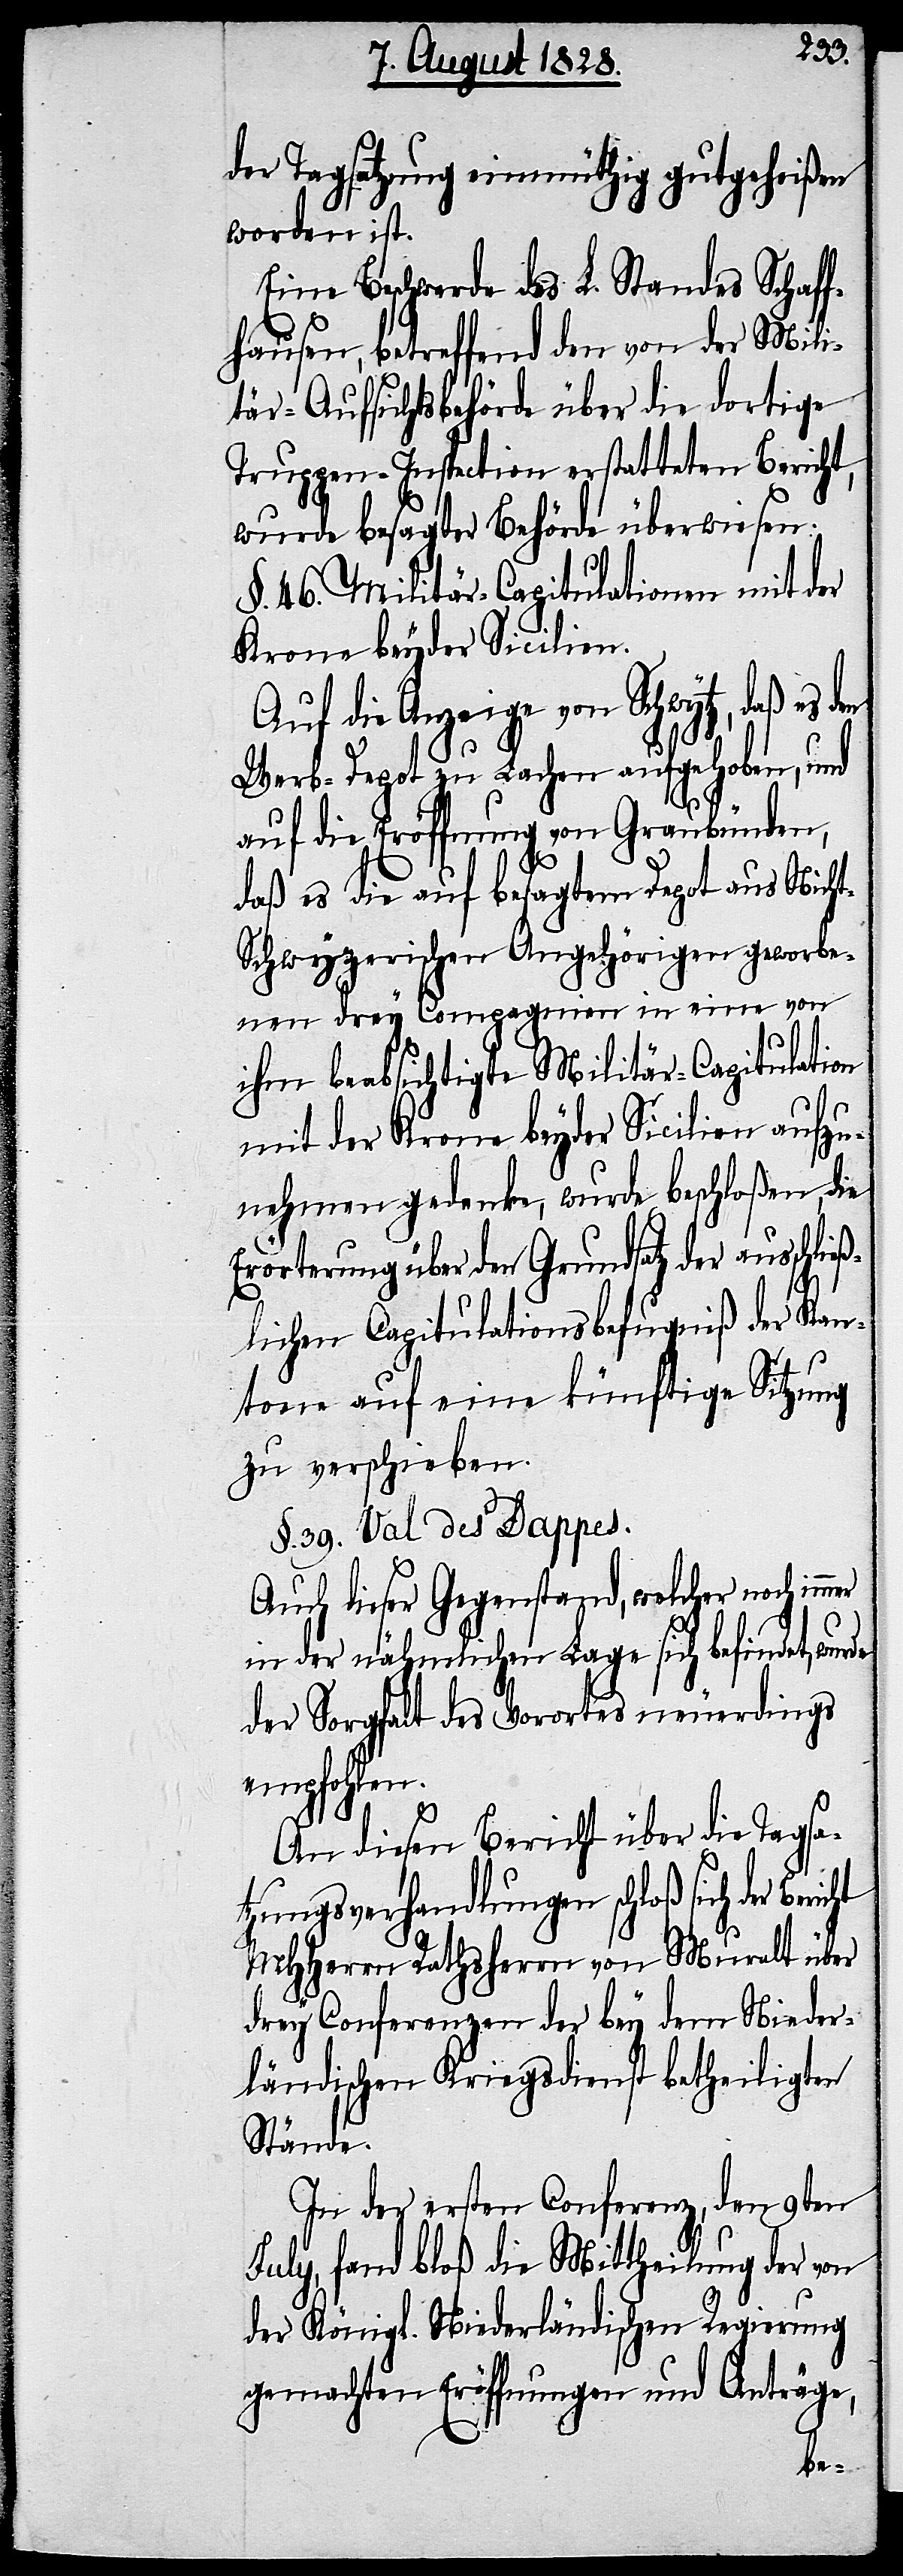
der Tagsatzung einmüthig gutgeheißen
worden ist.
Eine Beschwerde des L. Standes Schaff¬
hausen, betreffend den von der Mili¬
tär-Aufsichtsbehörde über die dortige
Truppen-Inspection erstatteten Bericht,
wurde besagter Behörde überwiesen.
§. 46. Militär-Capitulationen mit der
Krone beyder Sicilien.
Auf die Anzeige von Schwytz, daß es
Werb-Depot zu Lachen aufgehoben, und
auf die Eröffnung von Graubünden,
daß es die auf besagtem Depot aus Nich¬
t-Schwyzerischen Angehörigen geworbe¬
nen drey Compagnien in eine von
ihm beabsichtigte Militär-Capitulation
mit der Krone beyder Sicilien aufzu¬
nehmen gedenke, wurde beschloßen, die
Erörterung über den Grundsatz der ausschli¬
eßlichen Capitulationsbefugniß der Kan¬
tone auf eine künftige Sitzung
zu verschieben.
§. 39. Val des Dappes.
Auch dieser Gegenstand, welcher noch im¬
in der nähmlichen Lage sich befindet,
der Sorgfalt des Vorortes neuerdings
empfohlen.
An diesen Bericht über die Tagsa¬
tzungsverhandlungen schloß sich der
MHHerrn Rathsherrn von Muralt über
drey Conferenzen der bey dem Nieder¬
ländischen Kriegsdienst betheiligten
Stände.
In der ersten Conferenz, den 9ten
July, fand bloß die Mittheilung der von
der Königl. Niederländischen Regierung
gemachten Eröffnungen und Anträge,
mer